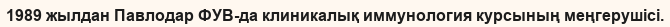
1989 жылдан Павлодар ФУВ-да клиникалық иммунология курсының меңгерушісі.